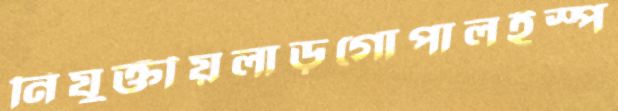
নিযুক্তীয়লাড়ুগোপালইস্প